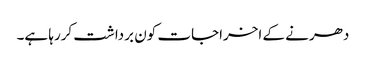
دھرنے کے اخراجات کون برداشت کررہا ہے۔